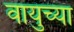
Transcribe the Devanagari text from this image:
वायुच्या